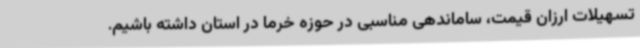
تسهیلات ارزان قیمت، ساماندهی مناسبی در حوزه خرما در استان داشته باشیم.